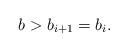
LaTeX: \begin{align*}b>b_{i+1}=b_i.\end{align*}